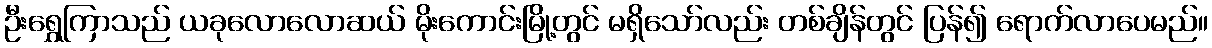
ဦးရွှေကြာသည် ယခုလောလောဆယ် မိုးကောင်းမြို့တွင် မရှိသော်လည်း တစ်ချိန်တွင် ပြန်၍ ရောက်လာပေမည်။